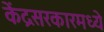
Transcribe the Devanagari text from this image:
केंद्रसरकारमध्ये